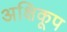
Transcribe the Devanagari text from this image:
अक्षिकूप